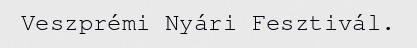
Veszprémi Nyári Fesztivál.